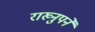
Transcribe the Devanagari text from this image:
राख्नुपर्ने